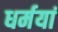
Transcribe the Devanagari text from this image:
धर्मयां